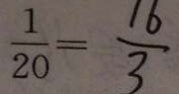
\frac { 4 } { 1 5 } : \frac { 1 } { 2 0 } = \frac { 1 6 } { 3 }